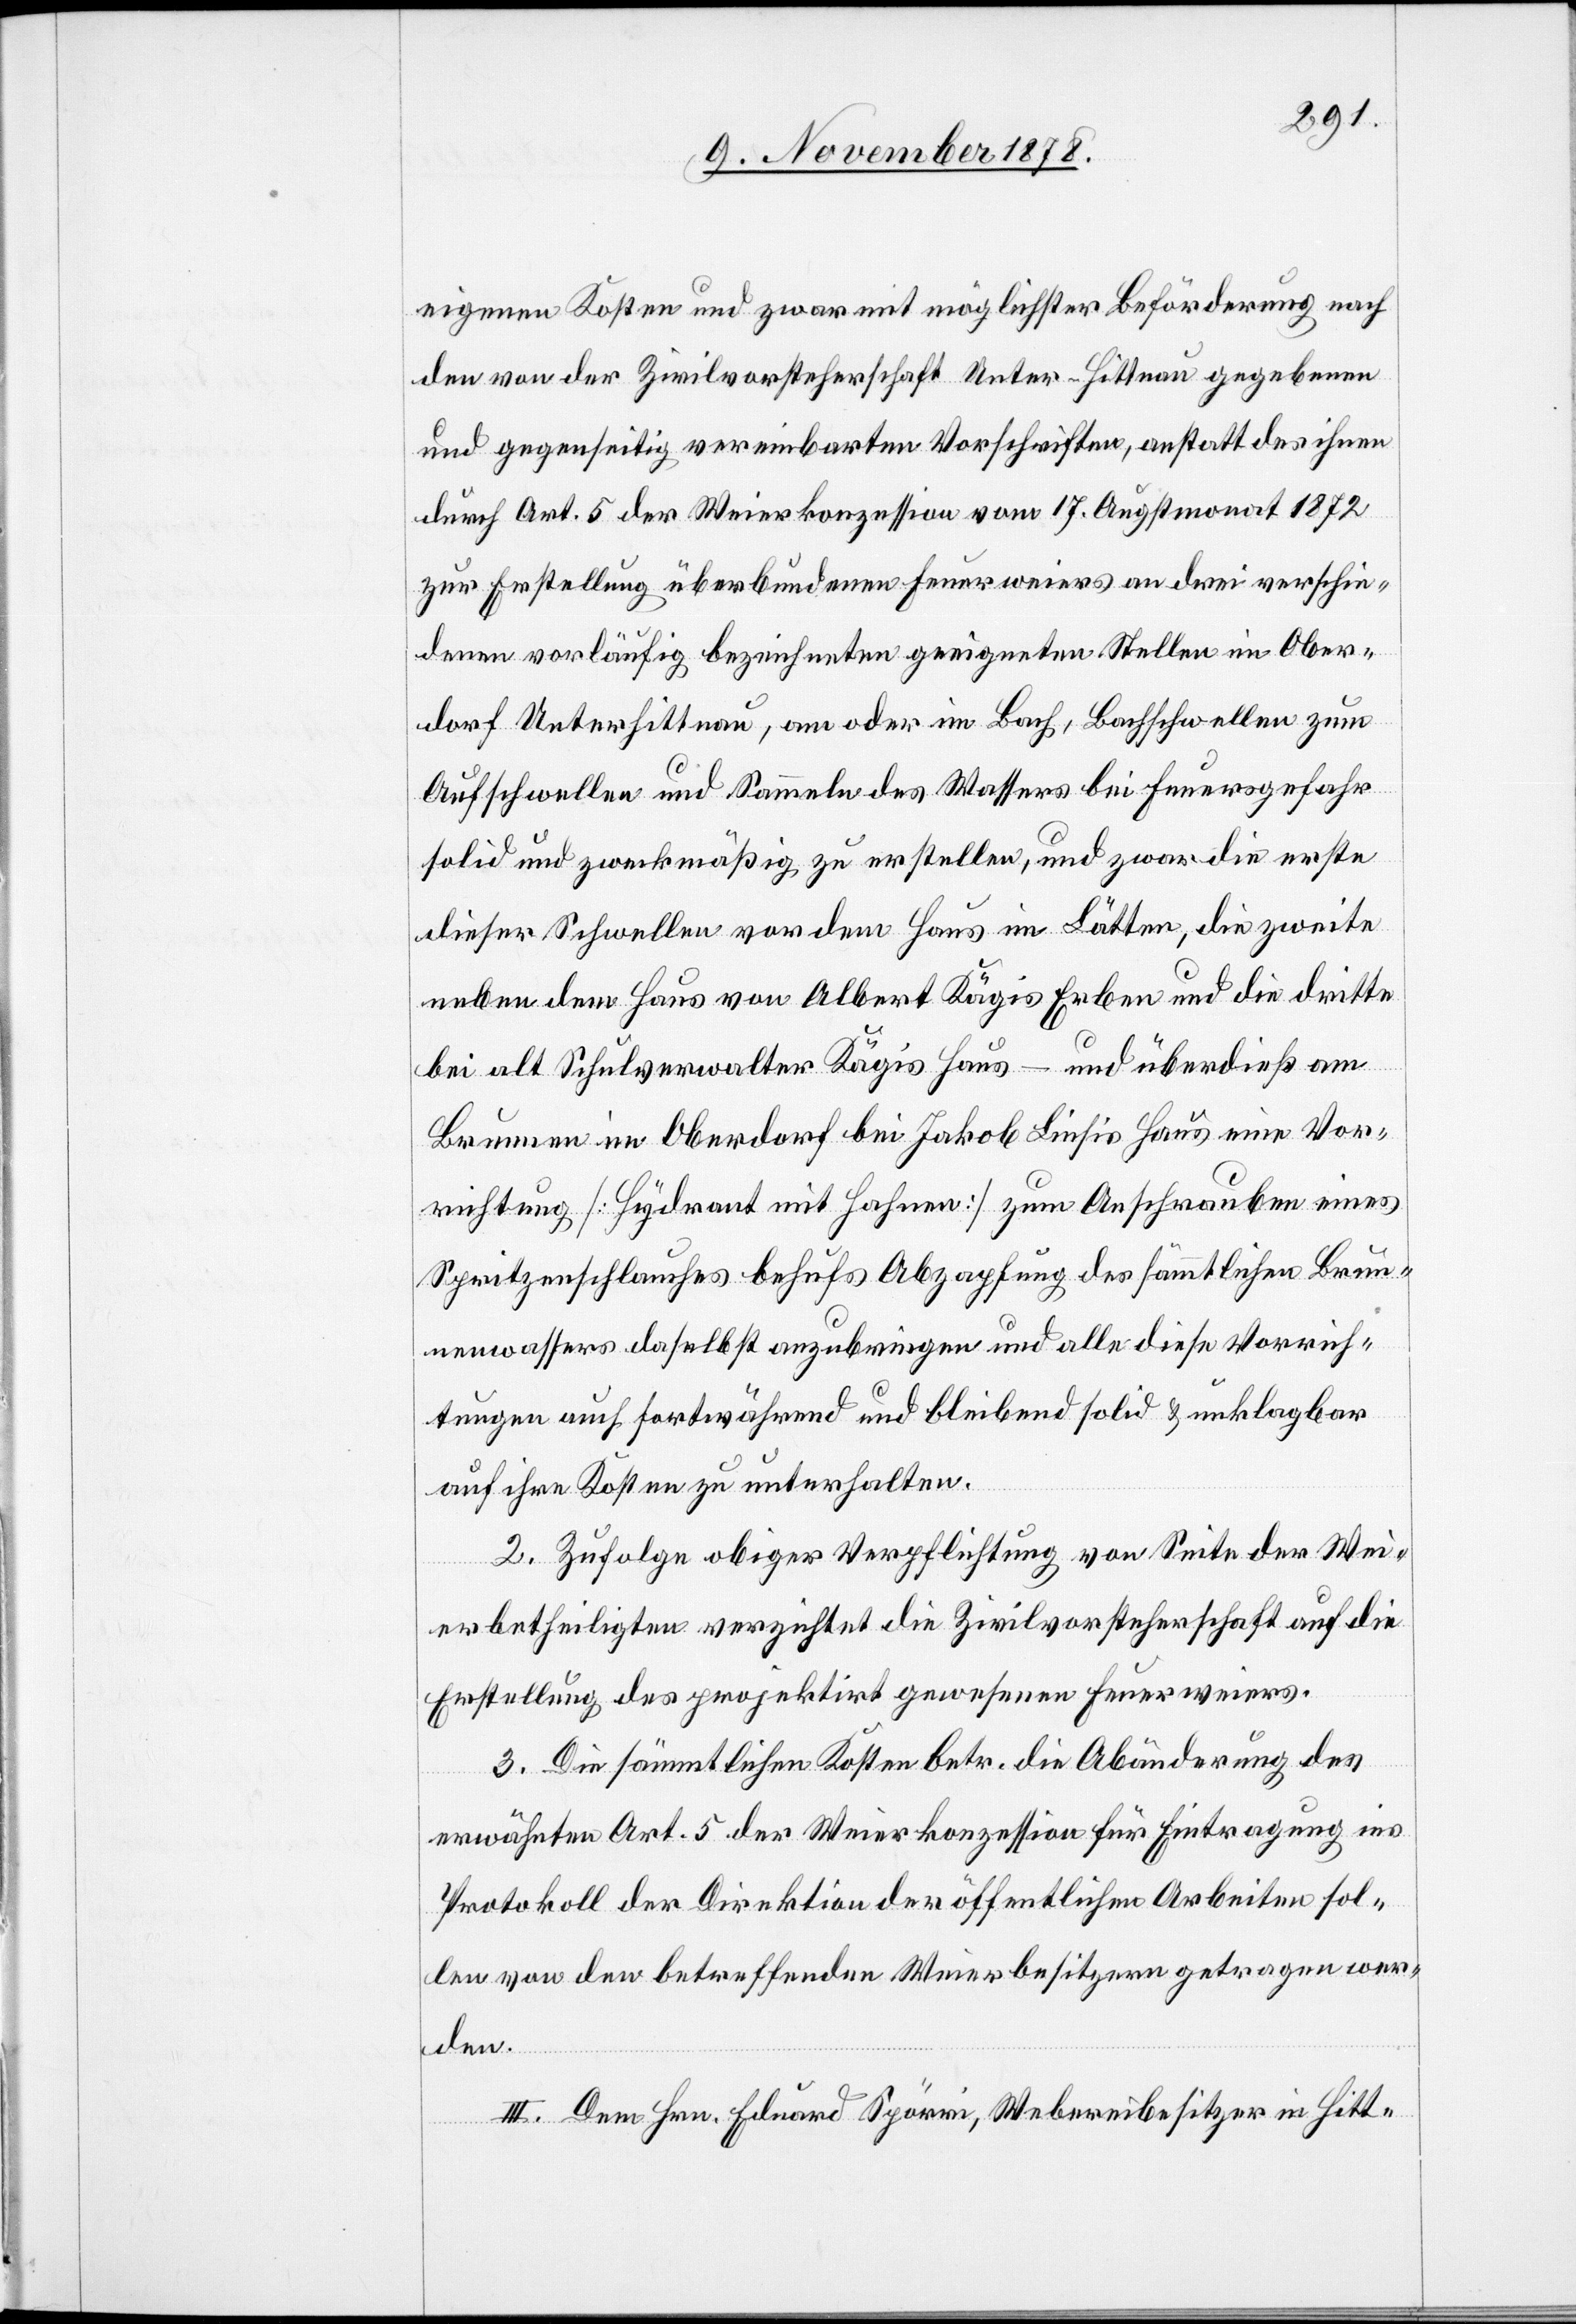
eigenen Kosten und zwar mit möglichster Beförderung nach
den von der Zivilvorsteherschaft Unter-Hittnau gegebenen
und gegenseitig vereinbarten Vorschriften, anstatt des ihnen
durch Art. 5 der Weierkonzession vom 17. Augstmonat 1872
zur Erstellung überbundenen Feuerweiers an drei verschie¬
denen vorläufig bezeichneten geeigneten Stellen im Ober¬
dorf Unterhittnau, am oder im Bach, Bachschwellen zum
Aufschwellen und Sammeln des Wassers bei Feuergefahr
solid und zweckmäßig zu erstellen, und zwar die erste
dieser Schwellen vor dem Haus im Lätten, die zweite
neben dem Haus von Albert Kägis Erben und die dritte
bei alt Schulverwalter Kägis Haus – und überdies am
Brunnen im Oberdorf bei Jakob Liesis Haus eine Vor¬
richtung [Hydrant mit Hahnen] zum Anschrauben eines
Spritzenschlauches behufs Abzapfung des sämmtlichen Brun¬
nenwassers daselbst anzubringen und alle diese Vorrich¬
tungen auch fortwährend und bleibend solid & unklagbar
auf ihre Kosten zu unterhalten.
2. Zufolge obiger Verpflichtung von Seite der Wei¬
erbetheiligten verzichtet die Zivilvorsteherschaft auf die
Erstellung des projektirt gewesenen Feuerweiers.
3. Die sämmtlichen Kosten betr. die Abänderung des
erwähnten Art. 5 der Weierkonzession für Eintragung ins
Protokoll der Direktion der öffentlichen Arbeiten sol¬
len von den betreffenden Weierbesitzern getragen we¬
den.
III. Dem Hrn. Eduard Spörri, Webereibesitzer in Hitt-